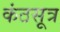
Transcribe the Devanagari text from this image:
कंठसूत्र